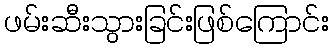
ဖမ်းဆီးသွားခြင်းဖြစ်ကြောင်း